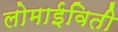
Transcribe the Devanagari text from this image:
लोमाईविती